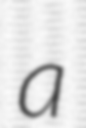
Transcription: a